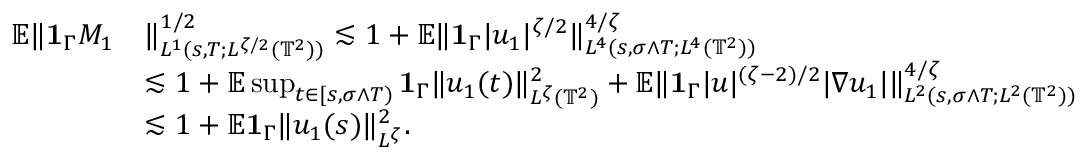
\begin{array} { r l } { { \mathbb E } \| { { \bf 1 } } _ { \Gamma } M _ { 1 } } & { \| _ { L ^ { 1 } ( s , T ; L ^ { \zeta / 2 } ( { \mathbb T } ^ { 2 } ) ) } ^ { 1 / 2 } \lesssim 1 + { \mathbb E } \| { { \bf 1 } } _ { \Gamma } | u _ { 1 } | ^ { \zeta / 2 } \| _ { L ^ { 4 } ( s , \sigma \wedge T ; L ^ { 4 } ( \mathbb { T } ^ { 2 } ) ) } ^ { 4 / \zeta } } \\ & { \lesssim 1 + { \mathbb E } \operatorname* { s u p } _ { t \in [ s , \sigma \wedge T ) } { { \bf 1 } } _ { \Gamma } \| u _ { 1 } ( t ) \| _ { L ^ { \zeta } ( \mathbb { T } ^ { 2 } ) } ^ { 2 } + { \mathbb E } \| { { \bf 1 } } _ { \Gamma } | u | ^ { ( \zeta - 2 ) / 2 } | \nabla u _ { 1 } | \| _ { L ^ { 2 } ( s , \sigma \wedge T ; L ^ { 2 } ( \mathbb { T } ^ { 2 } ) ) } ^ { 4 / \zeta } } \\ & { \lesssim 1 + { \mathbb E } { { \bf 1 } } _ { \Gamma } \| u _ { 1 } ( s ) \| _ { L ^ { \zeta } } ^ { 2 } . } \end{array}